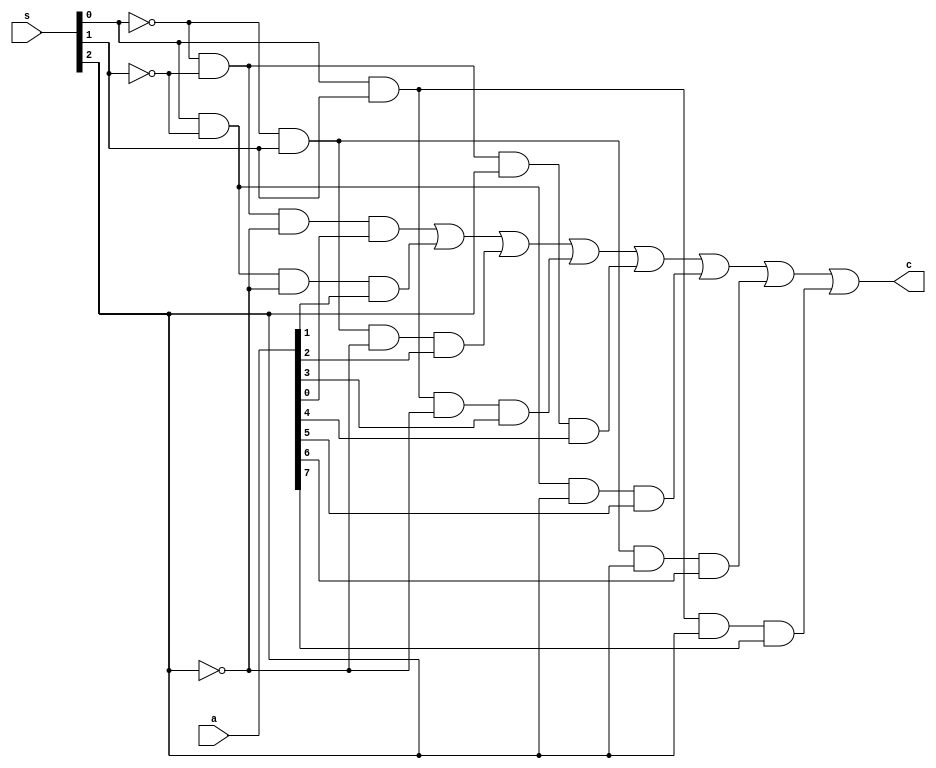
module mux81dataflow(a,s,c);
  input[7:0] a;
  input[2:0] s;
  output c;
  
  assign c = (!s[0]&!s[1]&!s[2]&a[0])|(s[0]&!s[1]&!s[2]&a[1])|(!s[0]&s[1]&!s[2]&a[2])|(s[0]&s[1]&!s[2]&a[3])|
              (!s[0]&!s[1]&s[2]&a[4])|(s[0]&!s[1]&s[2]&a[5])|(!s[0]&s[1]&s[2]&a[6])|(s[0]&s[1]&s[2]&a[7]);
endmodule